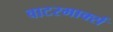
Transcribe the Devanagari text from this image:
वाटरमार्क्स